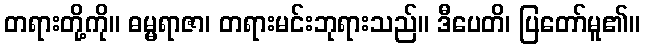
တရားတို့ကို။ ဓမ္မရာဇာ၊ တရားမင်းဘုရားသည်။ ဒီပေတိ၊ ပြတော်မူ၏။